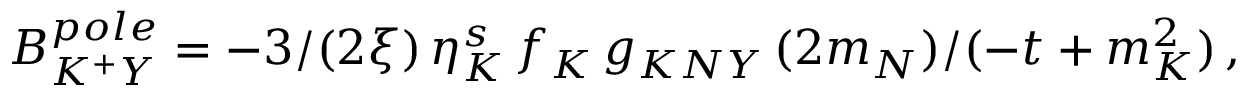
B _ { K ^ { + } Y } ^ { p o l e } = - 3 / ( 2 \xi ) \, \eta _ { K } ^ { s } \, f _ { K } \, g _ { K N Y } \, ( 2 m _ { N } ) / ( - t + m _ { K } ^ { 2 } ) \, ,